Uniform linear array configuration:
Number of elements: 4
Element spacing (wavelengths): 1
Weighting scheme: cosine
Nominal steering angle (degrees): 15
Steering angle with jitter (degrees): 16.92
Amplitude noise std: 0.05
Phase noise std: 0.05

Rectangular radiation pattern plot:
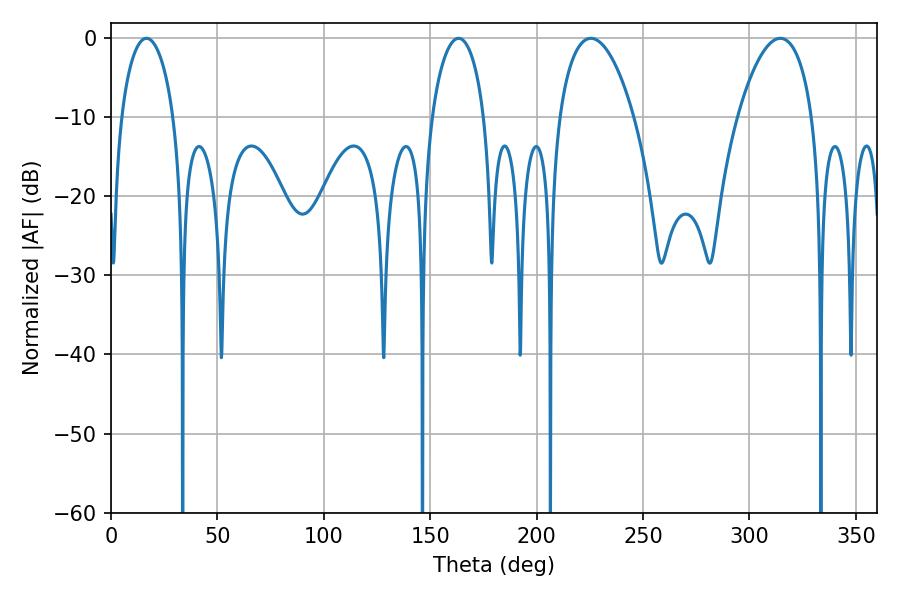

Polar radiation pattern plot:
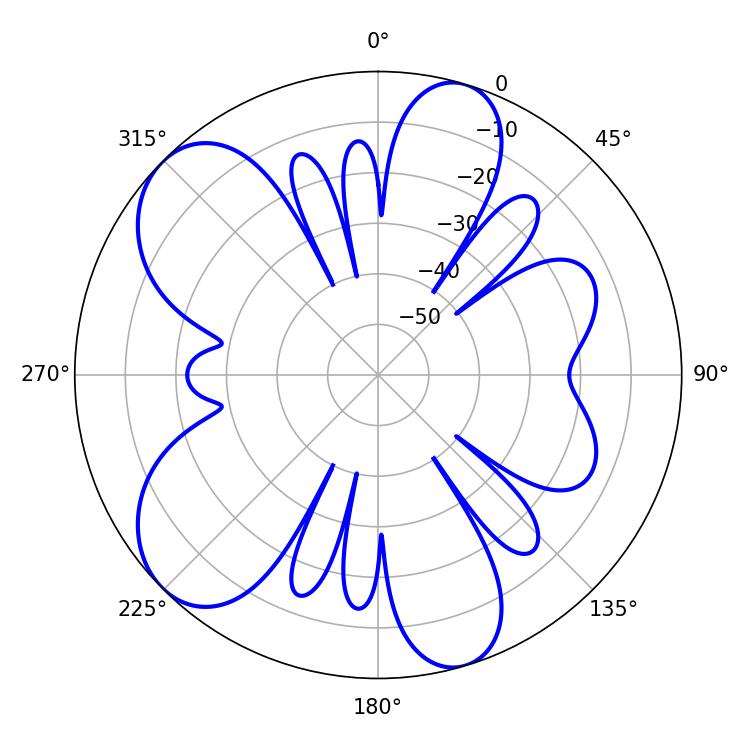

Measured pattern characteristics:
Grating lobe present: TRUE
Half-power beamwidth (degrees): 19.62
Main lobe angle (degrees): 225.54